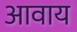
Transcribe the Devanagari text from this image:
आवाय